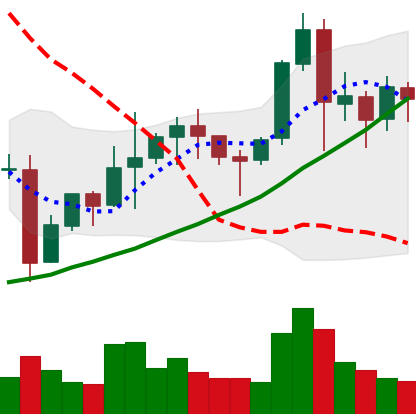
Ticker: NEO-USD
Chart end date: 2021-11-14
Forward return: -14.422%
Label: down_7plus